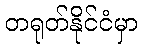
တရုတ်နိုင်ငံမှာ